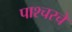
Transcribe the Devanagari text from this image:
पाश्चरचे